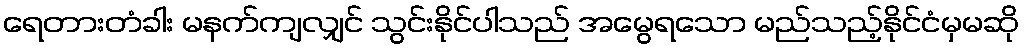
ရေတားတံခါး မနက်ကျလျှင် သွင်းနိုင်ပါသည် အမွေရသော မည်သည့်နိုင်ငံမှမဆို